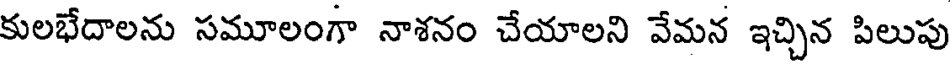
కులభేదాలను సమూలంగా నాశనం చేయాలని వేమన ఇచ్చిన పిలుపు